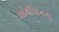
લોથીયાનના